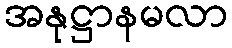
အနုဋ္ဌာနမလာ